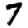
Digit: 7